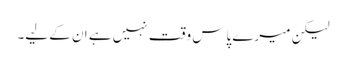
لیکن میرے پاس وقت نہیں ہے ان کے لیے۔